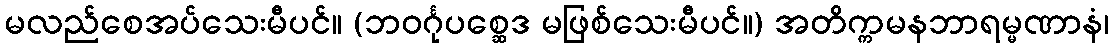
မလည်စေအပ်သေးမီပင်။ (ဘဝင်္ဂုပစ္ဆေဒ မဖြစ်သေးမီပင်။) အတိက္ကမနဘာရမ္မဏာနံ၊